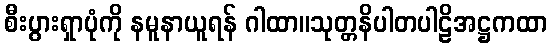
စီးပွားရှာပုံကို နမူနာယူရန် ဂါထာ။သုတ္တနိပါတပါဠိအဋ္ဌကထာ